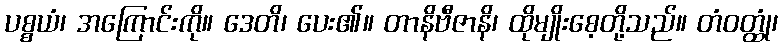
ပစ္စယံ၊ အကြောင်းကို။ ဒေတိ၊ ပေး၏။ တာနိဗီဇာနိ၊ ထိုမျိုးစေ့တို့သည်။ တံဝတ္ထုံ၊